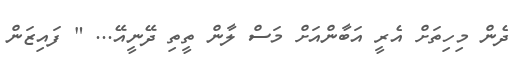
ދެން މިހިތަށް އެރީ އަބާންއަށް މަސް ލާން ތީތި ދޭނީއޭ... " ފައިޒަން